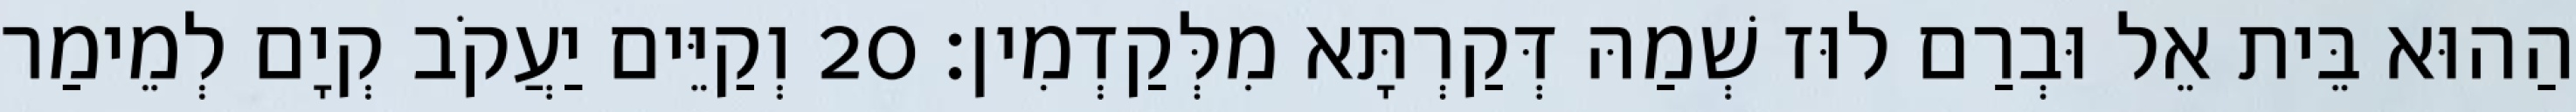
הַהוּא בֵּית אֵל וּבְרַם לוּז שְׁמַהּ דְּקַרְתָּא מִלְּקַדְמִין׃ 20 וְקַיֵּים יַעֲקֹב קְיָם לְמֵימַר